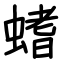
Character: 螧